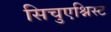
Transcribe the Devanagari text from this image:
सिचुएश्निस्ट